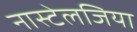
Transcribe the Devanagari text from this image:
नास्टेलजिया